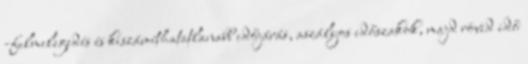
-felmelegedés és kiszámíthatatlanabb időjárás, aszályos időszakok, majd rövid idő